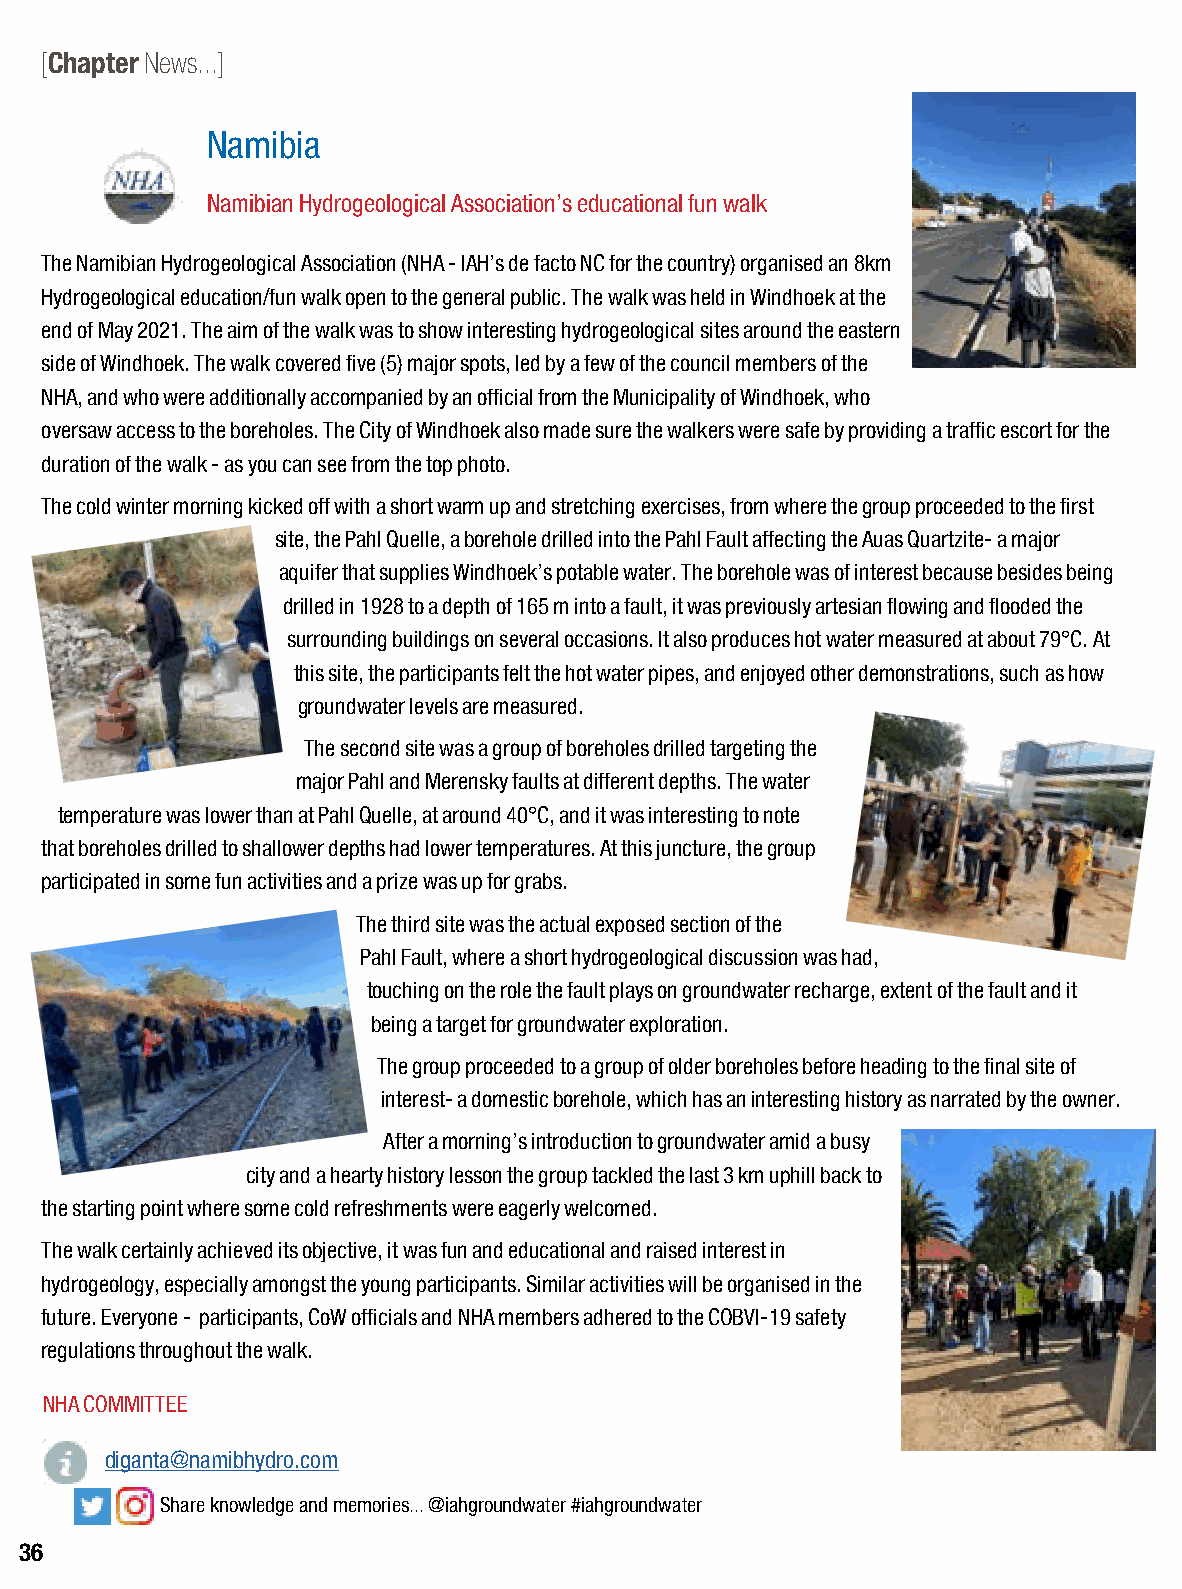
[Chapter News...]
 Namibia
 Namibian Hydrogeological Association’s educational fun walk
 The Namibian Hydrogeological Association (NHA - IAH’s de facto NC for the country) organised an 8km
 Hydrogeological education/fun walk open to the general public. The walk was held in Windhoek at the
 end of May 2021. The aim of the walk was to show interesting hydrogeological sites around the eastern
 side of Windhoek. The walk covered five (5) major spots, led by a few of the council members of the
 NHA, and who were additionally accompanied by an official from the Municipality of Windhoek, who
 oversaw access to the boreholes. The City of Windhoek also made sure the walkers were safe by providing a traffic escort for the
 duration of the walk - as you can see from the top photo.
 The cold winter morning kicked off with a short warm up and stretching exercises, from where the group proceeded to the first
 site, the Pahl Quelle, a borehole drilled into the Pahl Fault affecting the Auas Quartzite- a major
 aquifer that supplies Windhoek’s potable water. The borehole was of interest because besides being
 drilled in 1928 to a depth of 165 m into a fault, it was previously artesian flowing and flooded the
 surrounding buildings on several occasions. It also produces hot water measured at about 79°C. At
 this site, the participants felt the hot water pipes, and enjoyed other demonstrations, such as how
 groundwater levels are measured.
 The second site was a group of boreholes drilled targeting the
 major Pahl and Merensky faults at different depths. The water
 temperature was lower than at Pahl Quelle, at around 40°C, and it was interesting to note
 that boreholes drilled to shallower depths had lower temperatures. At this juncture, the group
 participated in some fun activities and a prize was up for grabs.
 The third site was the actual exposed section of the
 Pahl Fault, where a short hydrogeological discussion was had,
 touching on the role the fault plays on groundwater recharge, extent of the fault and it
 being a target for groundwater exploration.
 The group proceeded to a group of older boreholes before heading to the final site of
 interest- a domestic borehole, which has an interesting history as narrated by the owner.
 After a morning’s introduction to groundwater amid a busy
 city and a hearty history lesson the group tackled the last 3 km uphill back to
 the starting point where some cold refreshments were eagerly welcomed.
 The walk certainly achieved its objective, it was fun and educational and raised interest in
 hydrogeology, especially amongst the young participants. Similar activities will be organised in the
 future. Everyone - participants, CoW officials and NHA members adhered to the COBVI-19 safety
 regulations throughout the walk.
 NHA COMMITTEE
 diganta@namibhydro.com
 Share knowledge and memories... @iahgroundwater #iahgroundwater
 36